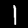
Digit: 1